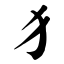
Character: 犭